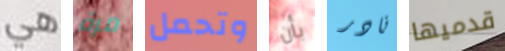
هي مرة وتحمل بأن نادر قدميها